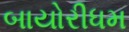
બાયોરીધમ